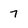
Character: 7